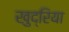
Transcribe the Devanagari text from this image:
खुद्रिया